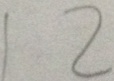
1 2